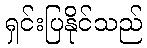
ရှင်းပြနိုင်သည်